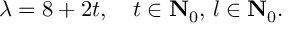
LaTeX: \lambda = 8 + 2 t , \quad t \in { \bf { N } } _ { 0 } , \, l \in { \bf { N } } _ { 0 } .